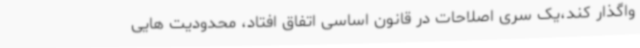
واگذار کند،یک سری اصلاحات در قانون اساسی اتفاق افتاد، محدودیت هایی